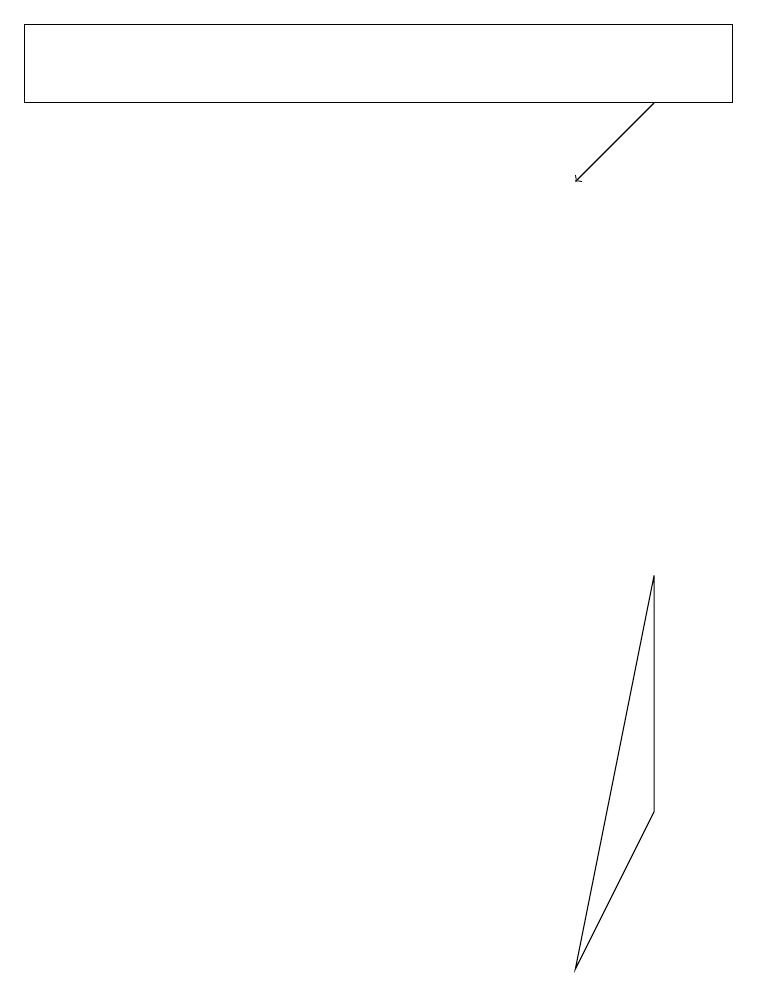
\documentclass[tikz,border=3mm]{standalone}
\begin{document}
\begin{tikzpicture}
\draw (8,5) -- (7,3) -- (8,8) -- cycle;
\draw[->] (8,14) -- (7,13);
\draw (0,15) rectangle (9,14);
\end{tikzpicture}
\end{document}